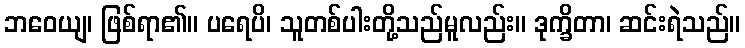
ဘဝေယျ၊ ဖြစ်ရာ၏။ ပရေပိ၊ သူတစ်ပါးတို့သည်မူလည်း။ ဒုက္ခိတာ၊ ဆင်းရဲသည်။